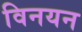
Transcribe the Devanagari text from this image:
विनयन